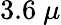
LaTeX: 3.6~\mu